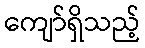
ကျော်ရှိသည့်